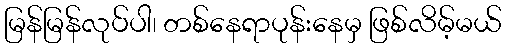
မြန်မြန်လုပ်ပါ၊ တစ်နေရာပုန်းနေမှ ဖြစ်လိမ့်မယ်